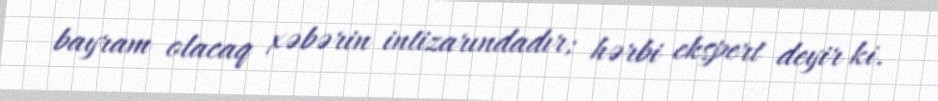
bayram olacaq xəbərin intizarındadır; hərbi ekspert deyir ki.